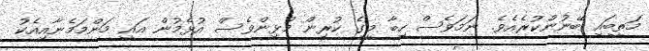
މަތީބައި ބޭނުންކުރެއެވެ. ނަމަވެސް ހިބާ މީގެ ކުރިން މުޅިންވެސް އުޅެމުން އައީ މަންމަމެނާއިއެކު